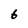
Character: 6